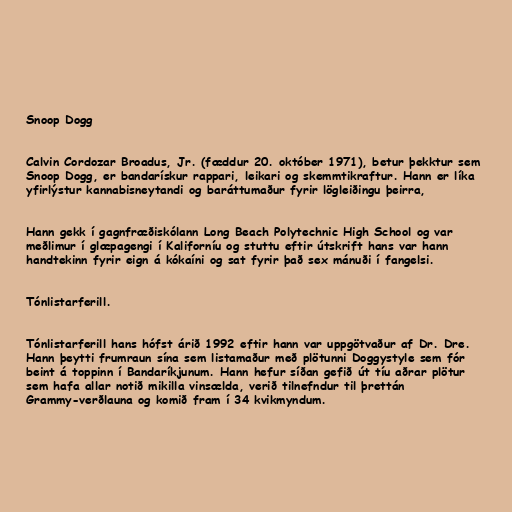
Snoop Dogg

Calvin Cordozar Broadus, Jr. (fæddur 20. október 1971), betur þekktur sem
Snoop Dogg, er bandarískur rappari, leikari og skemmtikraftur. Hann er líka
yfirlýstur kannabisneytandi og baráttumaður fyrir lögleiðingu þeirra,

Hann gekk í gagnfræðiskólann Long Beach Polytechnic High School og var
meðlimur í glæpagengi í Kaliforníu og stuttu eftir útskrift hans var hann
handtekinn fyrir eign á kókaíni og sat fyrir það sex mánuði í fangelsi.

Tónlistarferill.

Tónlistarferill hans hófst árið 1992 eftir hann var uppgötvaður af Dr. Dre.
Hann þeytti frumraun sína sem listamaður með plötunni Doggystyle sem fór
beint á toppinn í Bandaríkjunum. Hann hefur síðan gefið út tíu aðrar plötur
sem hafa allar notið mikilla vinsælda, verið tilnefndur til þrettán
Grammy-verðlauna og komið fram í 34 kvikmyndum.